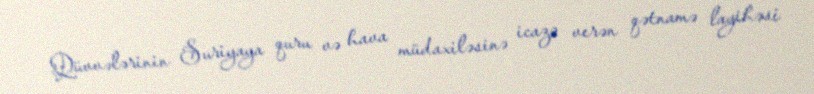
Qüvvələrinin Suriyaya quru və hava müdaxiləsinə icazə verən qətnamə layihəsi